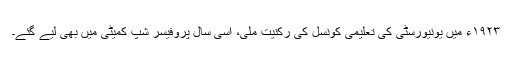
١٩٢٣ء میں یونیورسٹی کی تعلیمی کونسل کی رکنیت ملی، اسی سال پروفیسر شپ کمیٹی میں بھی لیے گئے۔